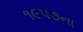
૧૯૫૭ના